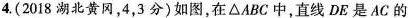
4.(2018湖北黄冈，4，3分)如图，在△ABC中，直线DE是AC的